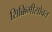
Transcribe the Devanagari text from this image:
सिक्किमीसोबत